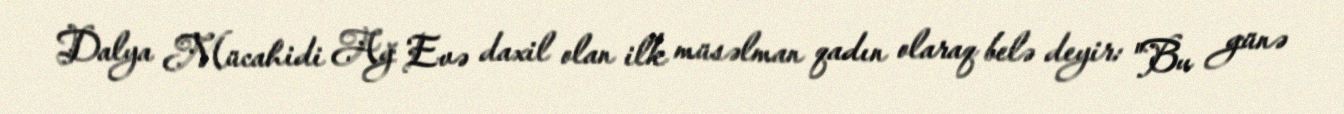
Dalya Mücahidi Ağ Evə daxil olan ilk müsəlman qadın olaraq belə deyir: "Bu günə